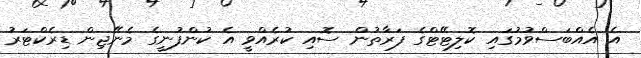
އެ އެއްބަސްވުމުގައި ކޮލިޓޭޓްގެ ފަރާތުން ސޮއި ކުރެއްވީ އެ ކުންފުނީގެ މެނޭޖިން ޑިރެކްޓަރު